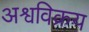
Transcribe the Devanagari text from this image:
अश्वविक्रय